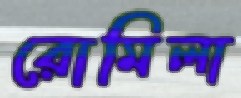
রোমিলা